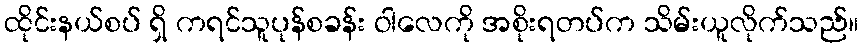
ထိုင်းနယ်စပ် ရှိ ကရင်သူပုန်စခန်း ဝါလေကို အစိုးရတပ်က သိမ်းယူလိုက်သည်။